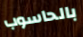
بالحاسوب